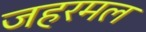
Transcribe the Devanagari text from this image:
जहरमल